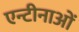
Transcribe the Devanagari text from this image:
एन्टीनाओं